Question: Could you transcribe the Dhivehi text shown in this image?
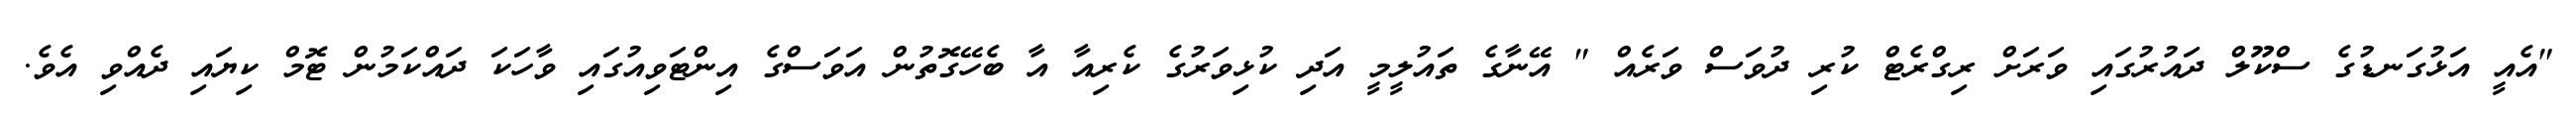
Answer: "އެއީ އަޅުގަނޑުގެ ސްކޫލް ދައުރުގައި ވަރަށް ރިގްރެޓް ކުރި ދުވަސް ވަރެއް " އޭނާގެ ތައުލީމީ އަދި ކުޅިވަރުގެ ކެރިއާ އާ ބެހޭގޮތުން އަވަސްގެ އިންޓަވިއުގައި ވާހަކަ ދައްކަމުން ޓޮމް ކިޔައި ދެއްވި އެވެ.